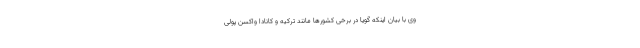
وی با بیان اینکه گویا در برخی کشورها مانند ترکیه و کانادا واکسن پولی